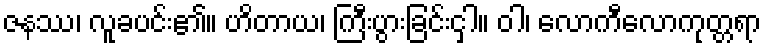
ဇနဿ၊ လူခပင်း၏။ ဟိတာယ၊ ကြီးပွားခြင်းငှါ။ ဝါ၊ လောကီလောကုတ္တရာ